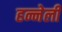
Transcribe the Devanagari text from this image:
हन्नेली